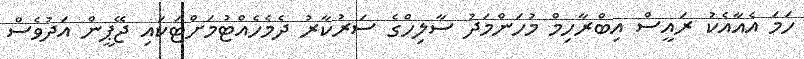
ހަމަ އެއާއެކު ރައީސް އިބްރާހިމް މުހަންމަދު ސާލިހްގެ ސަރުކާރު ދެމެހެއްޓުމަށްޓަކައި ޖޭޕީން އަދުވެސް